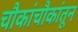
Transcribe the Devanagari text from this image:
चौकांचौकांतून